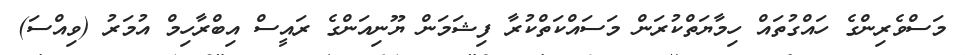
މަސްވެރިންގެ ހައްގުތައް ހިމާޔަތްކުރަން މަސައްކަތްކުރާ ފިޝަމަން ޔޫނިއަންގެ ރައީސް އިބްރާހިމް އުމަރު (ވިއްސަ)